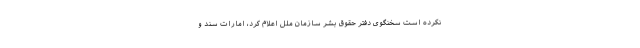
نکرده است سخنگوی دفتر حقوق بشر سازمان ملل اعلام کرد، امارات سند و